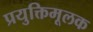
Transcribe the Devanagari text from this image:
प्रयुक्तिमूलक